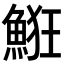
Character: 𩷗